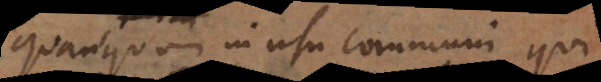
Quanquam in usu communi qui